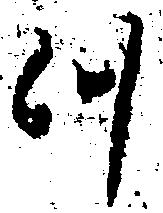
つ